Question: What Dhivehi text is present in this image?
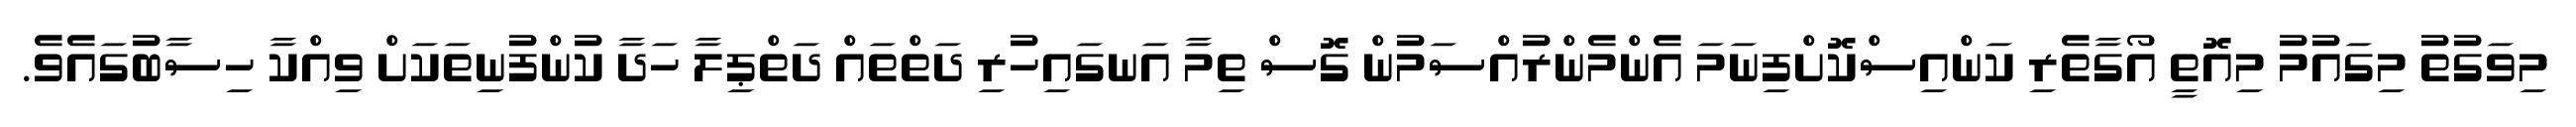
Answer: މިވަގުތު މިގައުމު މިއޮތީ އޯގާތެރި ކަންއިސްކޮށްފިނަމަ އެންމެންރުއްސަމުން ގޮސް ތިމާ އަނގައިހުރި ދަތްތައް ދަތްޕިލާ ހަދާ ކުންފުނިތަކަށް ވިއްކާ ހިސާބުގައެވެ.